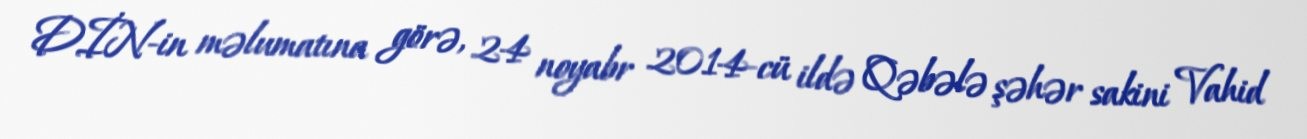
DİN-in məlumatına görə, 24 noyabr 2014-cü ildə Qəbələ şəhər sakini Vahid